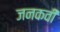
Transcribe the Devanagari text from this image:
जनकवी